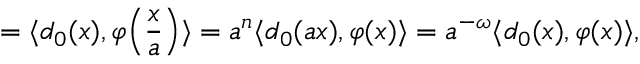
= \langle d _ { 0 } ( x ) , \varphi \Bigl ( \frac { x } { a } \Bigr ) \rangle = a ^ { n } \langle d _ { 0 } ( a x ) , \varphi ( x ) \rangle = a ^ { - \omega } \langle d _ { 0 } ( x ) , \varphi ( x ) \rangle ,